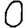
Digit: 0